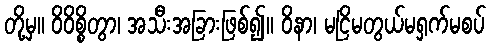
တို့မှ။ ဝိဝိစ္စိတွာ၊ အသီးအခြားဖြစ်၍။ ဝိနာ၊ မငြိမတွယ်မရှက်မစပ်